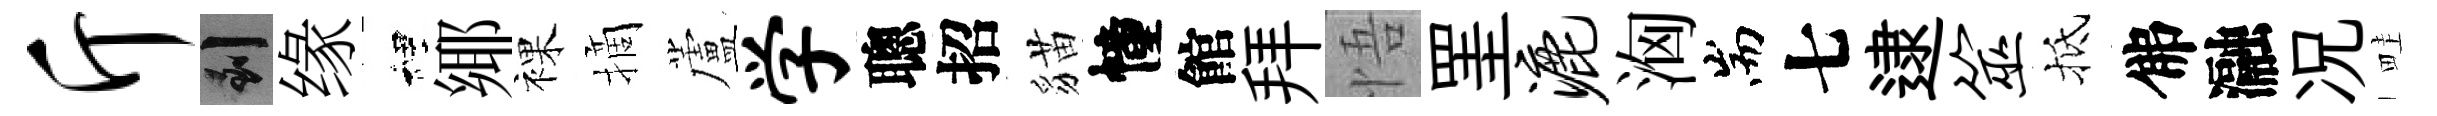
斤到缘裡鄊裸摘蘆学聰招貓幢館拜悟罣漉洶耑七逮筮抵佛瀜况畦